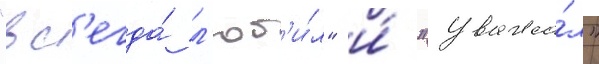
"вс'егда́ л'юб'и́л" и́ "уважа́л"